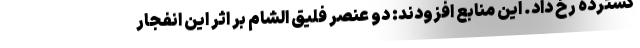
گسترده رخ داد. این منابع افزودند: دو عنصر فلیق الشام بر اثر این انفجار